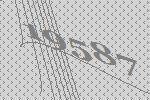
19587